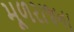
મૂળરાજના